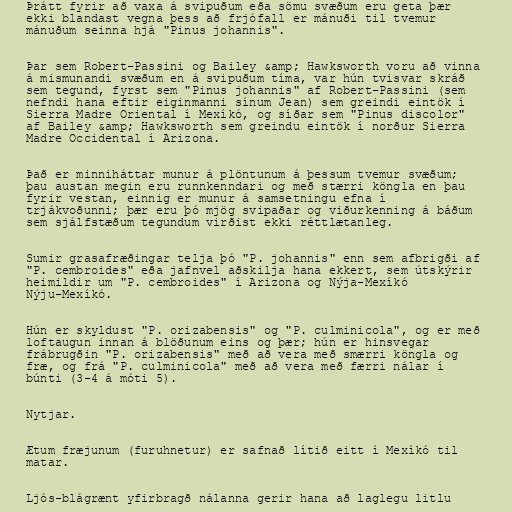
Þrátt fyrir að vaxa á svipuðum eða sömu svæðum eru geta þær
ekki blandast vegna þess að frjófall er mánuði til tvemur
mánuðum seinna hjá "Pinus johannis".

Þar sem Robert-Passini og Bailey &amp; Hawksworth voru að vinna
á mismunandi svæðum en á svipuðum tíma, var hún tvisvar skráð
sem tegund, fyrst sem "Pinus johannis" af Robert-Passini (sem
nefndi hana eftir eiginmanni sínum Jean) sem greindi eintök í
Sierra Madre Oriental í Mexíkó, og síðar sem "Pinus discolor"
af Bailey &amp; Hawksworth sem greindu eintök í norður Sierra
Madre Occidental í Arizona.

Það er minniháttar munur á plöntunum á þessum tvemur svæðum;
þau austan megin eru runnkenndari og með stærri köngla en þau
fyrir vestan, einnig er munur á samsetningu efna í
trjákvoðunni; þær eru þó mjög svipaðar og viðurkenning á báðum
sem sjálfstæðum tegundum virðist ekki réttlætanleg.

Sumir grasafræðingar telja þó "P. johannis" enn sem afbrigði af
"P. cembroides" eða jafnvel aðskilja hana ekkert, sem útskýrir
heimildir um "P. cembroides" í Arizona og Nýja-Mexíkó
Nýju-Mexíkó.

Hún er skyldust "P. orizabensis" og "P. culminicola", og er með
loftaugun innan á blöðunum eins og þær; hún er hinsvegar
frábrugðin "P. orizabensis" með að vera með smærri köngla og
fræ, og frá "P. culminicola" með að vera með færri nálar í
búnti (3-4 á móti 5).

Nytjar.

Ætum fræjunum (furuhnetur) er safnað lítið eitt í Mexíkó til
matar.

Ljós-blágrænt yfirbragð nálanna gerir hana að laglegu litlu